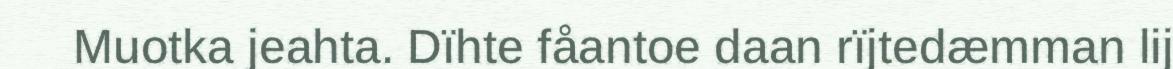
Muotka jeahta. Dïhte fåantoe daan rïjtedæmman lij